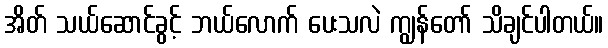
အိတ် သယ်ဆောင်ခွင့် ဘယ်လောက် ပေးသလဲ ကျွန်တော် သိချင်ပါတယ်။